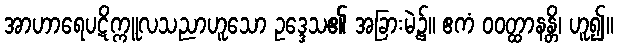
အာဟာရေပဋိက္ကူလသညာဟူသော ဥဒ္ဒေသ၏ အခြားမဲ့၌။ ဧကံ ဝဝတ္ထာနန္တိ၊ ဟူ၍။